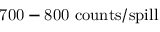
\mathrm { 7 0 0 - 8 0 0 ~ c o u n t s / s p i l l }